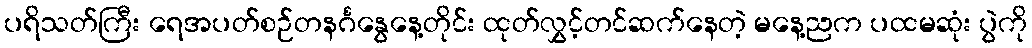
ပရိသတ်ကြီး ရေအပတ်စဉ်တနင်္ဂနွေနေ့တိုင်း ထုတ်လွှင့်တင်ဆက်နေတဲ့ မနေ့ညက ပထမဆုံး ပွဲကို